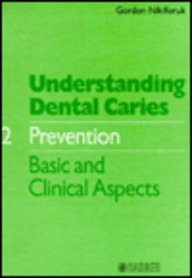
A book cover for Understanding Dental Carries: Prevention; Gordon Nikiforuk; Medical Books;